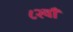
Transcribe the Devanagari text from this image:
८२वाँ